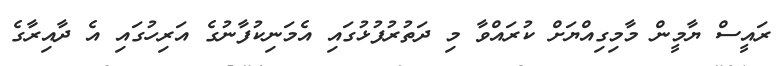
ރައީސް ޔާމީން މާމިގިއްޔަށް ކުރައްވާ މި ދަތުރުފުޅުގައި އެމަނިކުފާނުގެ އަރިހުގައި އެ ދާއިރާގެ